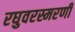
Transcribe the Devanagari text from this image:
रघुवरस्मरणी